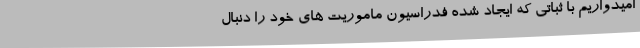
امیدواریم با ثباتی که ایجاد شده فدراسیون ماموریت های خود را دنبال